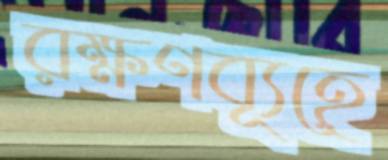
রক্ষণব্যূহে